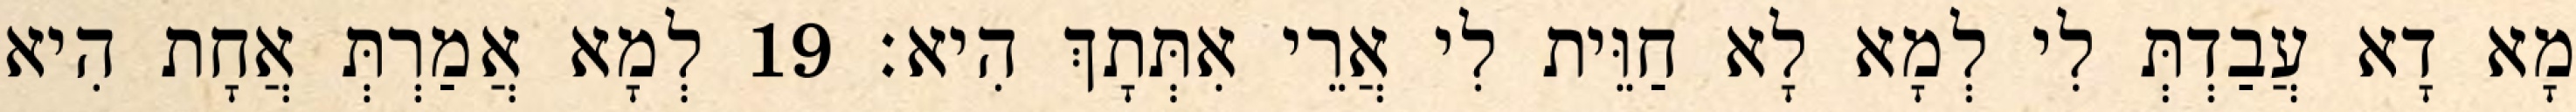
מָא דָא עֲבַדְתְּ לִי לְמָא לָא חַוֵּית לִי אֲרֵי אִתְּתָךְ הִיא׃ 19 לְמָא אֲמַרְתְּ אֲחָת הִיא